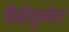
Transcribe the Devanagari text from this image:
पैनीकुलेटा